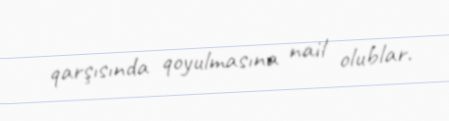
qarşısında qoyulmasına nail olublar.